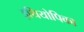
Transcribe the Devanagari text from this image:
इथियोपिका